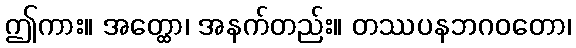
ဤကား။ အတ္ထော၊ အနက်တည်း။ တဿပနဘဂဝတော၊